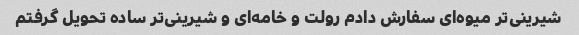
شیرینی‌تر میوه‌ای سفارش دادم رولت و خامه‌ای و شیرینی‌تر ساده تحویل گرفتم